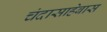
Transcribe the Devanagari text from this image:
चंदासाहेबास